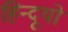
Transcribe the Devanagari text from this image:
हिन्दूयों